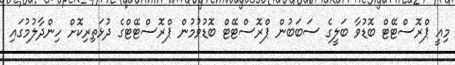
މިއީ ޕްރޮސްޓޭޓް ބޮޑުވާ ބަލީގެ ސަބަބުން ޕްރޮސްޓޭޓް ބޮޑުވުމުން ޕްރޮސްޓޭޓްގެ ދުޅަތިރިކޮށް ހިންދާލުމުގައި